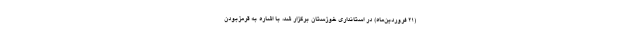
(۲۱ فروردین‌ماه) در استانداری خوزستان برگزار شد، با اشاره به قرمزبودن